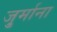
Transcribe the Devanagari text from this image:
जु्र्माना